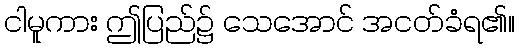
ငါမူကား ဤပြည်၌ သေအောင် အငတ်ခံရ၏။